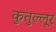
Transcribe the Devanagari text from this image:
कुतुल्लूर